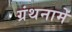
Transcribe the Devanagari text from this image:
ग्रंथनामे